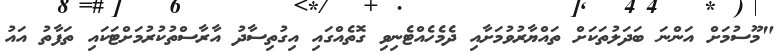
"މޫސުމަށް އަންނަ ބަދަލުތަކަށް ތައްޔާރުވުމަށާއި ދެމެހެއްޓެނިވި ގޮތެއްގައި އިގުތިސާދު އާރާސްތުކުރުމަށްޓަކައި ތަފާތު އައު